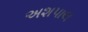
અશપાલ